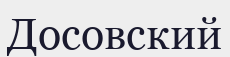
Досовский